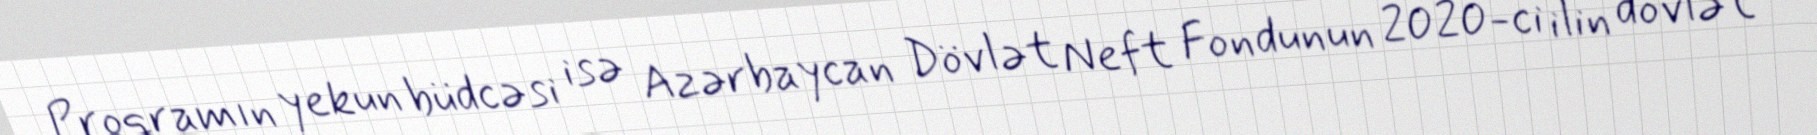
Proqramın yekun büdcəsi isə Azərbaycan Dövlət Neft Fondunun 2020-ci ilin dövlət